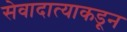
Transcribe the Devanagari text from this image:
सेवादात्याकडून